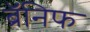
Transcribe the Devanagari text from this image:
ब्रॅनिफ